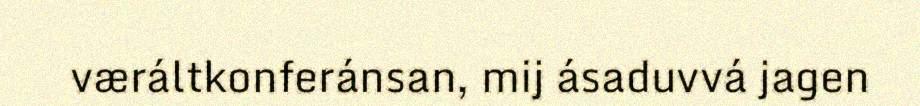
væráltkonferánsan, mij ásaduvvá jagen